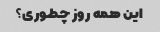
این همه روز چطوری؟